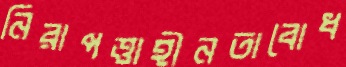
নিরাপত্তাহীনতাবোধ